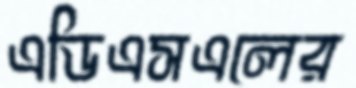
এডিএসএলের